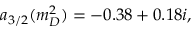
a _ { 3 / 2 } ( m _ { D } ^ { 2 } ) = - 0 . 3 8 + 0 . 1 8 i ,